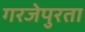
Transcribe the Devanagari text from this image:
गरजेपुरता